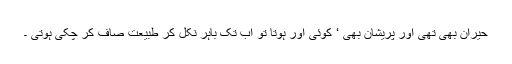
حیران بھی تھی اور پریشان بھی ‘ کوئی اور ہوتا تو اب تک باہر نکل کر طبیعت صاف کر چکی ہوتی ۔